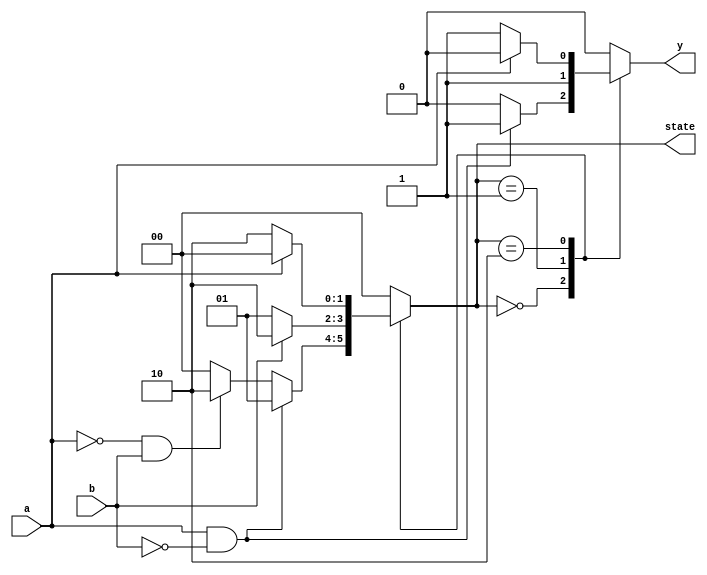
module async_mealy_fsm (
    input wire a,          // Input signal a
    input wire b,          // Input signal b
    output reg y,         // Output signal y
    output reg [1:0] state // Current state
);

// State encoding
localparam S0 = 2'b00; // State 0
localparam S1 = 2'b01; // State 1
localparam S2 = 2'b10; // State 2

// State transition logic
always @(*) begin
    case (state)
        S0: begin
            if (a && !b) begin
                state = S1; // Transition to S1
                y = 1;      // Output based on input
            end else if (!a && b) begin
                state = S2; // Transition to S2
                y = 0;      // Output based on input
            end else begin
                state = S0; // Stay in S0
                y = 0;      // Output remains the same
            end
        end

        S1: begin
            if (b) begin
                state = S2; // Transition to S2
                y = 1;      // Output based on input
            end else begin
                state = S1; // Stay in S1
                y = 1;      // Output remains the same
            end
        end

        S2: begin
            if (a) begin
                state = S0; // Transition to S0
                y = 0;      // Output based on input
            end else begin
                state = S2; // Stay in S2
                y = 1;      // Output remains the same
            end
        end

        default: begin
            state = S0; // Default state
            y = 0;      // Default output
        end
    endcase
end

// State initialization
initial begin
    state = S0; // Start in state S0
    y = 0;      // Initial output
end

endmodule